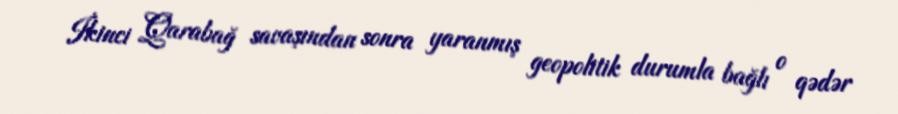
İkinci Qarabağ savaşından sonra yaranmış geopolitik durumla bağlı o qədər